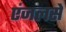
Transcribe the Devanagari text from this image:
एंजलसे